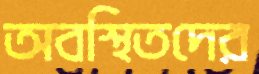
অবস্থিতদের